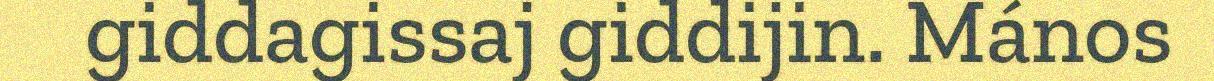
giddagissaj giddijin. Mános